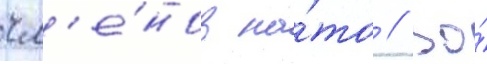
чл'е́нов на́то // Во́